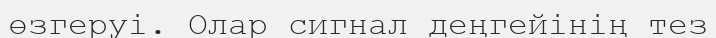
өзгеруі. Олар сигнал деңгейінің тез